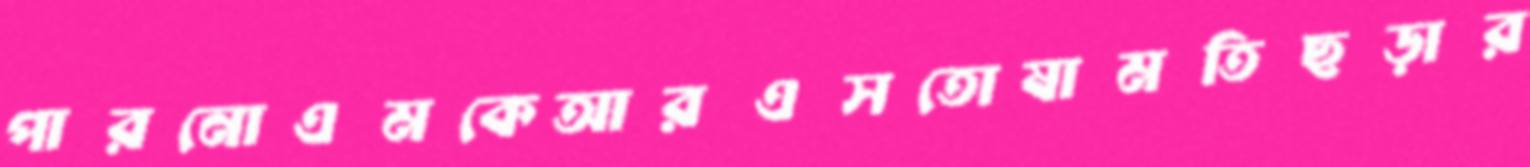
পারনোএমকেআরএসতোষামতিছড়ার